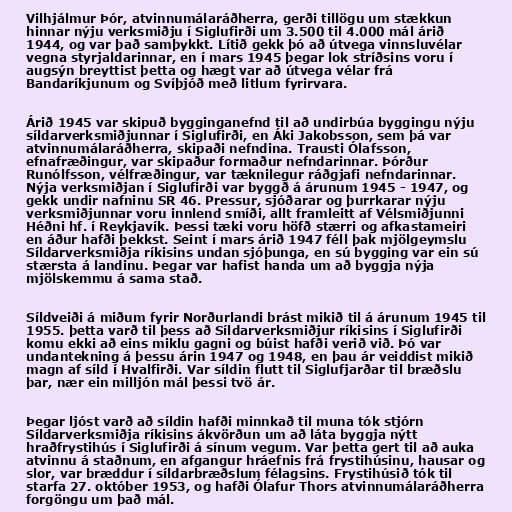
Vilhjálmur Þór, atvinnumálaráðherra, gerði tillögu um stækkun
hinnar nýju verksmiðju í Siglufirði um 3.500 til 4.000 mál árið
1944, og var það samþykkt. Lítið gekk þó að útvega vinnsluvélar
vegna styrjaldarinnar, en í mars 1945 þegar lok stríðsins voru í
augsýn breyttist þetta og hægt var að útvega vélar frá
Bandaríkjunum og Svíþjóð með litlum fyrirvara.

Árið 1945 var skipuð bygginganefnd til að undirbúa byggingu nýju
síldarverksmiðjunnar í Siglufirði, en Áki Jakobsson, sem þá var
atvinnumálaráðherra, skipaði nefndina. Trausti Ólafsson,
efnafræðingur, var skipaður formaður nefndarinnar. Þórður
Runólfsson, vélfræðingur, var tæknilegur ráðgjafi nefndarinnar.
Nýja verksmiðjan í Siglufirði var byggð á árunum 1945 - 1947, og
gekk undir nafninu SR 46. Pressur, sjóðarar og þurrkarar nýju
verksmiðjunnar voru innlend smíði, allt framleitt af Vélsmiðjunni
Héðni hf. í Reykjavík. Þessi tæki voru höfð stærri og afkastameiri
en áður hafði þekkst. Seint í mars árið 1947 féll þak mjölgeymslu
Síldarverksmiðja ríkisins undan sjóþunga, en sú bygging var ein sú
stærsta á landinu. Þegar var hafist handa um að byggja nýja
mjölskemmu á sama stað.

Síldveiði á miðum fyrir Norðurlandi brást mikið til á árunum 1945 til
1955. þetta varð til þess að Síldarverksmiðjur ríkisins í Siglufirði
komu ekki að eins miklu gagni og búist hafði verið við. Þó var
undantekning á þessu árin 1947 og 1948, en þau ár veiddist mikið
magn af síld í Hvalfirði. Var síldin flutt til Siglufjarðar til bræðslu
þar, nær ein milljón mál þessi tvö ár.

Þegar ljóst varð að síldin hafði minnkað til muna tók stjórn
Síldarverksmiðja ríkisins ákvörðun um að láta byggja nýtt
hraðfrystihús í Siglufirði á sínum vegum. Var þetta gert til að auka
atvinnu á staðnum, en afgangur hráefnis frá frystihúsinu, hausar og
slor, var bræddur í síldarbræðslum félagsins. Frystihúsið tók til
starfa 27. október 1953, og hafði Ólafur Thors atvinnumálaráðherra
forgöngu um það mál.